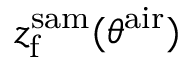
z _ { \mathrm { f } } ^ { \mathrm { s a m } } ( \theta ^ { \mathrm { a i r } } )